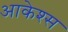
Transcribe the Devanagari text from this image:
आकेश्स